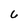
Character: 6